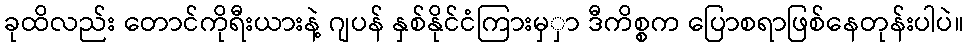
ခုထိလည်း တောင်ကိုရီးယားနဲ့ ဂျပန် နှစ်နိုင်ငံကြားမှှာ ဒီကိစ္စက ပြောစရာဖြစ်နေတုန်းပါပဲ။